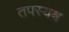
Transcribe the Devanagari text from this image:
तपस्यश्च